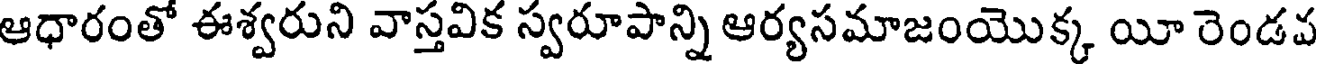
ఆధారంతో ఈశ్వరుని వాస్తవిక స్వరూపాన్ని ఆర్యసమాజంయొక్క యీ రెండవ